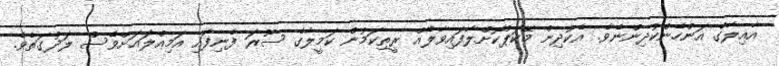
އާއިލާގެ އަންހެންކުދިންނެވެ. އެކުދިން މޭކަޕްކޮށްލާފައިވާލެއް ރީތިކަމުން ކަމީލާގެ ސޫރަ ފެނިފައި އަމިއްލައަށްވެސް ލަދުގަތެވެ.